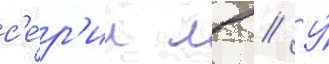
с'е́р'ии лв // У́